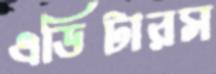
এডিটারস